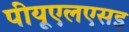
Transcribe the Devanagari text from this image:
पीयूएलएसइ